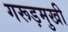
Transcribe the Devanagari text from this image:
गरूड़मुखी